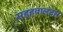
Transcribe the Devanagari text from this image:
सहहवालदार